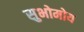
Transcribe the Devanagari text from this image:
सुभोमोय